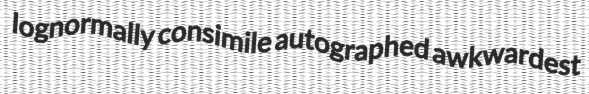
lognormally consimile autographed awkwardest